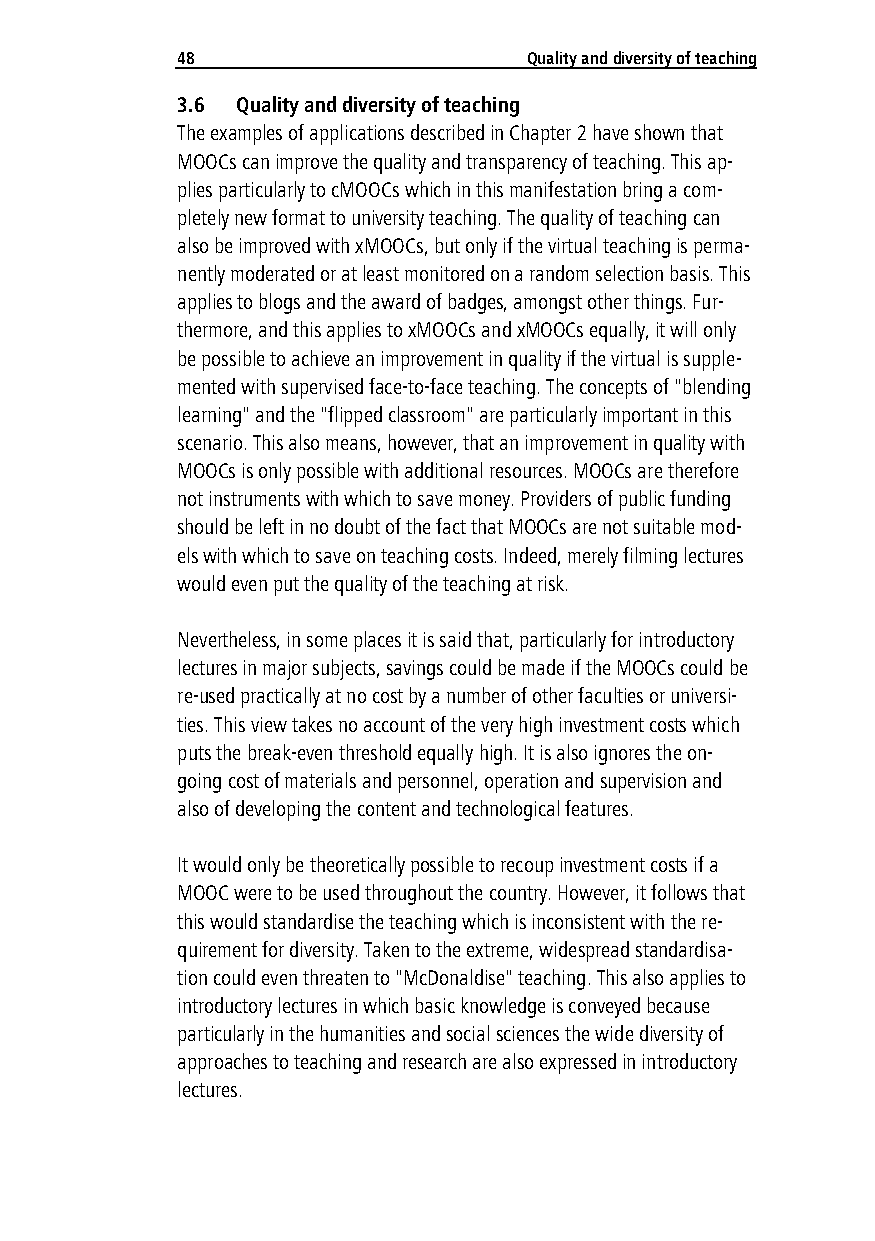
48                     Quality and diversity of teaching
 3.6 Quality and diversity of teaching
 The examples of applications described in Chapter 2 have shown that
 MOOCs can improve the quality and transparency of teaching. This ap-
 plies particularly to cMOOCs which in this manifestation bring a com-
 pletely new format to university teaching. The quality of teaching can
 also be improved with xMOOCs, but only if the virtual teaching is perma-
 nently moderated or at least monitored on a random selection basis. This
 applies to blogs and the award of badges, amongst other things. Fur-
 thermore, and this applies to xMOOCs and xMOOCs equally, it will only
 be possible to achieve an improvement in quality if the virtual is supple-
 mented with supervised face-to-face teaching. The concepts of "blending
 learning" and the "flipped classroom" are particularly important in this
 scenario. This also means, however, that an improvement in quality with
 MOOCs is only possible with additional resources. MOOCs are therefore
 not instruments with which to save money. Providers of public funding
 should be left in no doubt of the fact that MOOCs are not suitable mod-
 els with which to save on teaching costs. Indeed, merely filming lectures
 would even put the quality of the teaching at risk.
 Nevertheless, in some places it is said that, particularly for introductory
 lectures in major subjects, savings could be made if the MOOCs could be
 re-used practically at no cost by a number of other faculties or universi-
 ties. This view takes no account of the very high investment costs which
 puts the break-even threshold equally high. It is also ignores the on-
 going cost of materials and personnel, operation and supervision and
 also of developing the content and technological features.
 It would only be theoretically possible to recoup investment costs if a
 MOOC were to be used throughout the country. However, it follows that
 this would standardise the teaching which is inconsistent with the re-
 quirement for diversity. Taken to the extreme, widespread standardisa-
 tion could even threaten to "McDonaldise" teaching. This also applies to
 introductory lectures in which basic knowledge is conveyed because
 particularly in the humanities and social sciences the wide diversity of
 approaches to teaching and research are also expressed in introductory
 lectures.